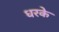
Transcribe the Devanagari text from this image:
धरके